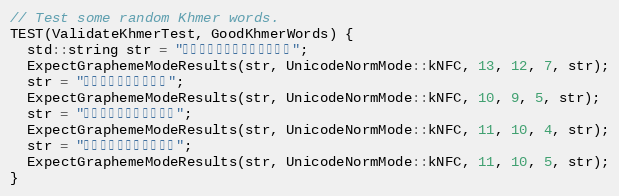
Language: C++
// Test some random Khmer words.
TEST(ValidateKhmerTest, GoodKhmerWords) {
  std::string str = "ព័ត៏មានប្លែកៗ";
  ExpectGraphemeModeResults(str, UnicodeNormMode::kNFC, 13, 12, 7, str);
  str = "ទំនុកច្រៀង";
  ExpectGraphemeModeResults(str, UnicodeNormMode::kNFC, 10, 9, 5, str);
  str = "កាលីហ្វូញ៉ា";
  ExpectGraphemeModeResults(str, UnicodeNormMode::kNFC, 11, 10, 4, str);
  str = "ចាប់ពីផ្លូវ";
  ExpectGraphemeModeResults(str, UnicodeNormMode::kNFC, 11, 10, 5, str);
}